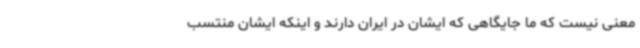
معنی نیست که ما جایگاهی که ایشان در ایران دارند و اینکه ایشان منتسب